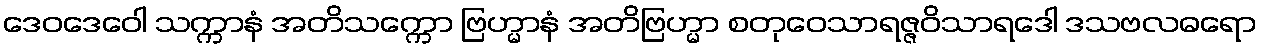
ဒေဝဒေဝေါ သက္ကာနံ အတိသက္ကော ဗြဟ္မာနံ အတိဗြဟ္မာ စတုဝေသာရဇ္ဇဝိသာရဒေါ ဒသဗလဓရော